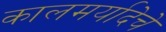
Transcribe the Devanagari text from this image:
कालमर्यादेचे